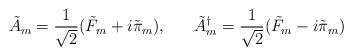
\begin{align*}\tilde{A}_{m} = \frac{1}{\sqrt 2} (\tilde{F}_{m}+i\tilde{\pi}_{m}), \; \; \; \; \; \; \tilde{A}^{\dagger}_{m}= \frac{1}{\sqrt 2} (\tilde{F}_{m}-i\tilde{\pi}_{m})\end{align*}